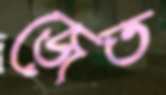
জেত